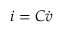
i = C \dot { v }